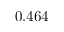
0 . 4 6 4